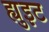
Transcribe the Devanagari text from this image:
ह्युइट